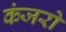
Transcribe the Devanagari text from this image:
कंजरो